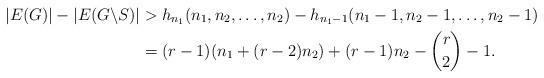
LaTeX: \begin{align*}|E(G)|-|E(G\backslash S)|&>h_{n_1}(n_1,n_2,\ldots,n_2)-h_{n_1-1}(n_1-1,n_2-1,\ldots,n_2-1)\\&=(r-1)(n_1+(r-2)n_2)+(r-1)n_2-\binom{r}{2}-1.\end{align*}